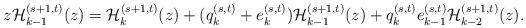
LaTeX: \begin{align*}z{\cal H}_{k-1}^{(s+1,t)}(z)={\cal H}_{k}^{(s+1,t)}(z)+(q_{k}^{(s,t)}+e_{k}^{(s,t)}){\cal H}_{k-1}^{(s+1,t)}(z)+q_{k}^{(s,t)}e_{k-1}^{(s,t)}{\cal H}_{k-2}^{(s+1,t)}(z).\end{align*}